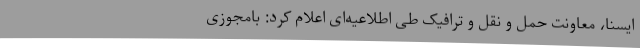
ایسنا، معاونت حمل و نقل و ترافیک طی اطلاعیه‌ای اعلام کرد: بامجوزی